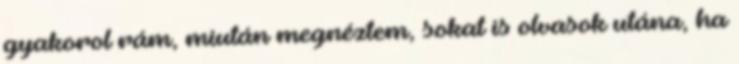
gyakorol rám, miután megnéztem, sokat is olvasok utána, ha